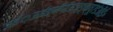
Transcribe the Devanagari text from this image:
ऊईं़ऊईङ्पॉपॉऊञ्ङ़़्क्षू७डंऑई॰